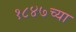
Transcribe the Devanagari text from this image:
१८४७च्या